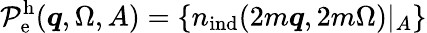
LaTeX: \mathcal{P}_{\mathrm{e}}^{\mathrm{h}}(\boldsymbol{q},\Omega,A)=\{ {n}_{\mathrm{ind}}(2m\boldsymbol{q},2m\Omega)|_{A}\}